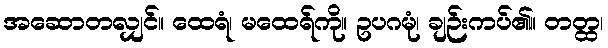
အဆောတလျှင်။ ထေရံ၊ မထေရ်ကို။ ဥပဂမုံ၊ ချဉ်းကပ်၏။ တတ္ထ၊